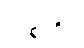
ဟစ်တိုင်